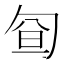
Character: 𠣡